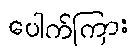
ပေါက်ကြား